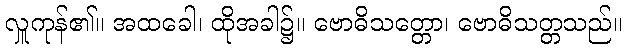
လှူကုန်၏။ အထခေါ၊ ထိုအခါ၌။ ဗောဓိသတ္တော၊ ဗောဓိသတ္တသည်။